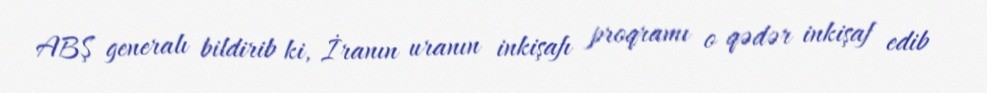
ABŞ generalı bildirib ki, İranın uranın inkişafı proqramı o qədər inkişaf edib